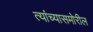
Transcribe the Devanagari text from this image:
त्यांच्यासमोरील